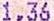
1.36